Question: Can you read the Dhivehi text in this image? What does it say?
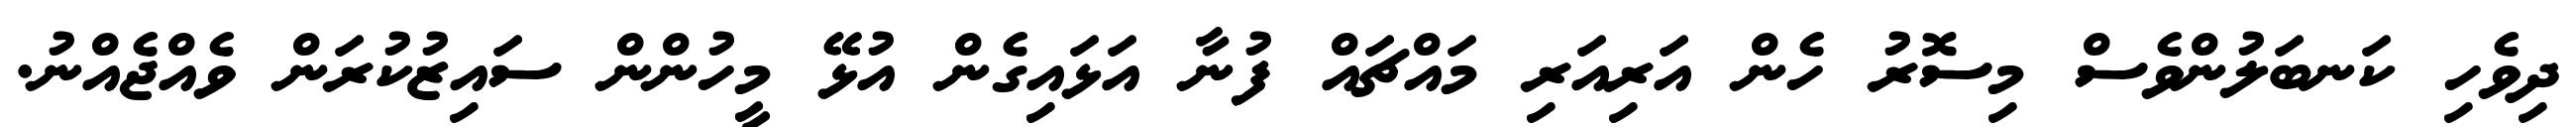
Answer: ދިވެހި ކަނބަލުންވެސް މިސޮރު ހެން އަރިއަރި މައްޗައް ފުނާ އަޅައިގެން އުޅޭ މީހުންން ސައިޒުކުރަން ވެއްޖެއްނު.